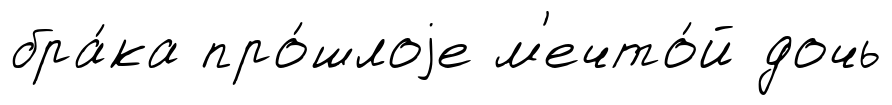
бра́ка про́шлоjе м'ечто́й дочь